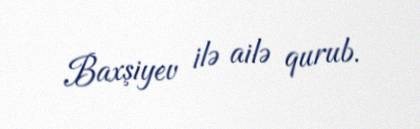
Baxşiyev ilə ailə qurub.